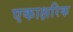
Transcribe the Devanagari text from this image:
एकाक्षरिक